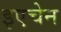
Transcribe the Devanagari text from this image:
इएचेन